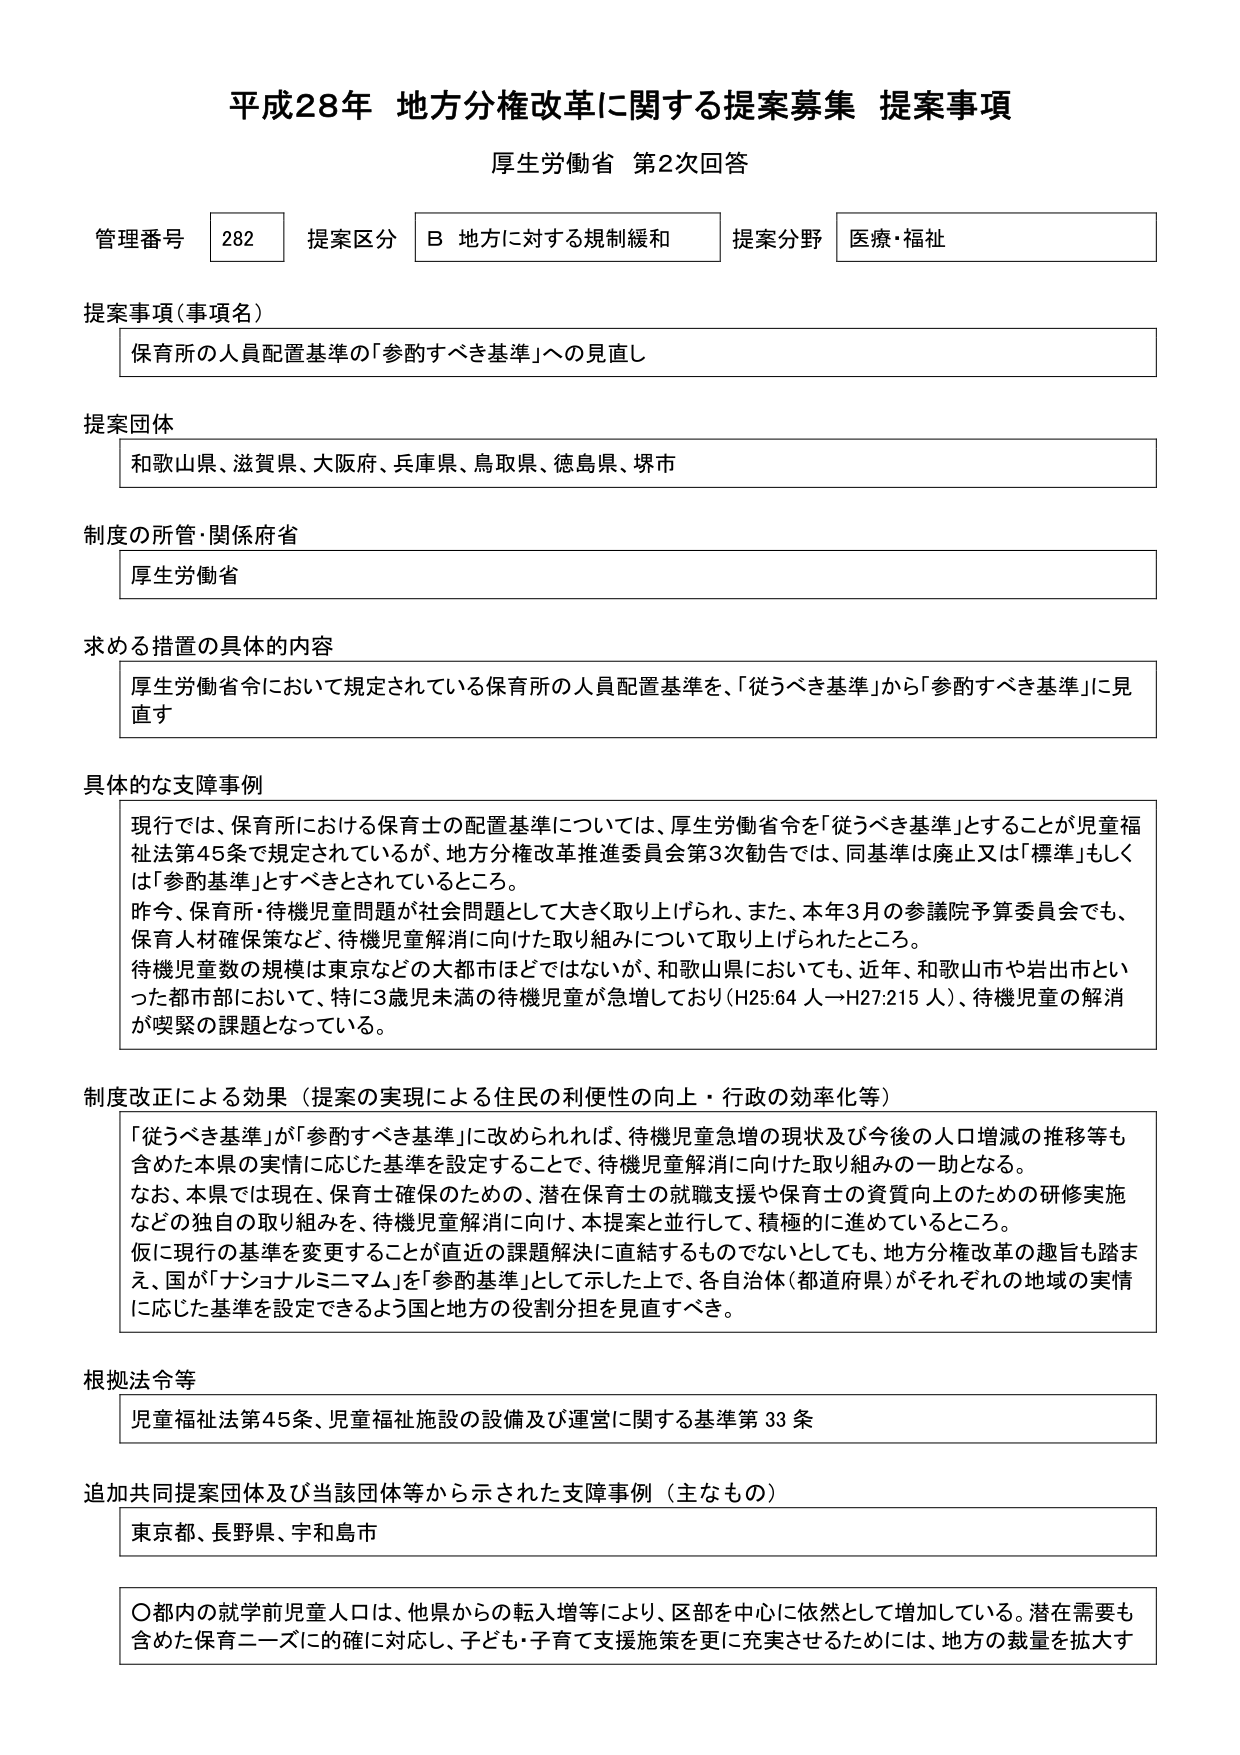
平成28年 地方分権改革に関する提案募集 提案事項
厚生労働省 第2次回答

管理番号 282 提案区分 B 地方に対する規制緩和 提案分野 医療・福祉

提案事項（事項名）
保育所の人員配置基準の「参酌すべき基準」への見直し

提案団体
和歌山県、滋賀県、大阪府、兵庫県、鳥取県、徳島県、堺市

制度の所管・関係府省
厚生労働省

求める措置の具体的内容
厚生労働省令において規定されている保育所の人員配置基準を、「従うべき基準」から「参酌すべき基準」に見直す

具体的な支障事例
現行では、保育所における保育士の配置基準については、厚生労働省令を「従うべき基準」とすることが児童福祉法第45条で規定されているが、地方分権改革推進委員会第3次勧告では、同基準は廃止又は「標準」もしくは「参酌基準」とすべきとされているところ。
昨今、保育所・待機児童問題が社会問題として大きく取り上げられ、また、本年3月の参議院予算委員会でも、保育人材確保策など、待機児童解消に向けた取り組みについて取り上げられたところ。
待機児童数の規模は東京などの大都市ほどではないが、和歌山県においても、近年、和歌山市や岩出市といった都市部において、特に3歳児未満の待機児童が急増しており（H25:64人→H27:215人）、待機児童の解消が喫緊の課題となっている。

制度改正による効果（提案の実現による住民の利便性の向上・行政の効率化等）
「従うべき基準」が「参酌すべき基準」に改められれば、待機児童急増の現状及び今後的人口増減の推移等も含めた本県の実情に応じた基準を設定することで、待機児童解消に向けた取り組みの一助となる。
なお、本県では現在、保育士確保のための、潜在保育士の就職支援や保育士の資質向上のための研修実施などの独自の取り組みを、待機児童解消に向け、本提案と並行して、積極的に進めているところ。
仮に現行の基準を変更することが直近の課題解決に直結するものではないとしても、地方分権改革の趣旨も踏まえ、国が「ナショナルミニマム」を「参酌基準」として示した上で、各自治体（都道府県）がそれぞれの地域の実情に応じた基準を設定できるよう国と地方の役割分担を見直すべき。

根拠法令等
児童福祉法第45条、児童福祉施設の設備及び運営に関する基準第33条

追加共同提案団体及び当該団体等から示された支障事例（主なもの）
東京都、長野県、宇和島市

〇都内の就学前児童人口は、他県からの転入増等により、区部を中心に依然として増加している。潜在需要も含めた保育ニーズに的確に対応し、子ども・子育て支援施策を更に充実させるためには、地方の裁量を拡大す